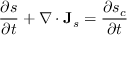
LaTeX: { \frac { \partial s } { \partial t } } + \nabla \cdot \mathbf { J } _ { s } = { \frac { \partial s _ { c } } { \partial t } }